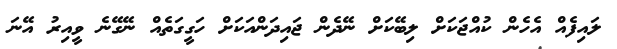
ލައިފެއް އެހެން ކުއްޖަކަށް ލިބޭކަށް ނޭދެން ޖައިދަންއަކަށް ހަގީގަތެއް ނޭގޭނެ ވީއިރު އޭނަ